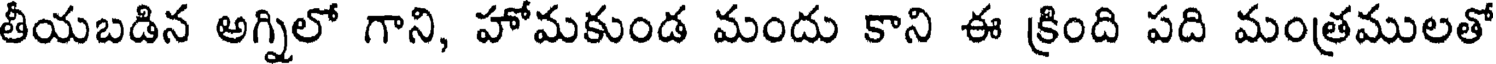
తీయబడిన అగ్నిలో గాని, హోమకుండ మందు కాని ఈ క్రింది పది మంత్రములతో